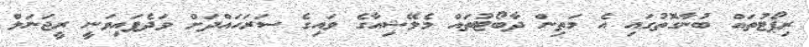
ރިޕޯޓުތައް ބުނާގޮތުގައި އެ މަތިން ދާބޯޓުތައް މެލޭޝިއާގެ ވައިގެ ސަރަހައްދަށް ވަދެފައިވަނީ ރީޖަނަލް